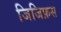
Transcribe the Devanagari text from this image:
जिजिफ़स